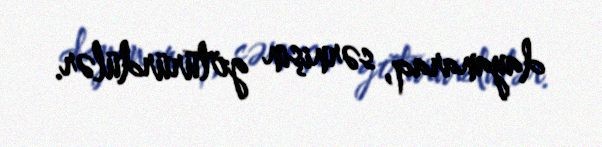
dayanaraq, sərnişin götürürdülər.